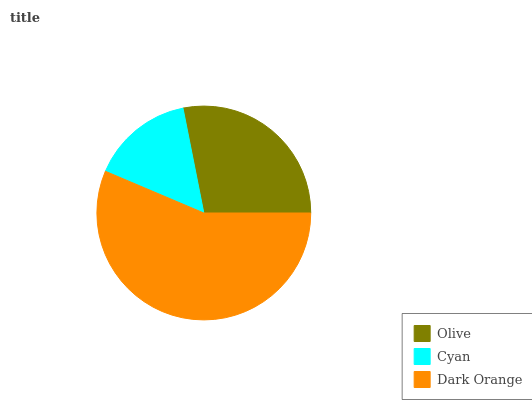
| Olive | Cyan | Dark Orange |
 | --- | --- | --- |
 | 28.2% | 15.5% | 56.3% |